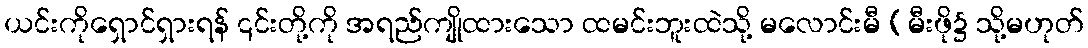
ယင်းကိုရှောင်ရှားရန် ၎င်းတို့ကို အရည်ကျိုထားသော ထမင်းဘူးထဲသို့ မလောင်းမီ (မီးဖို၌ သို့မဟုတ်